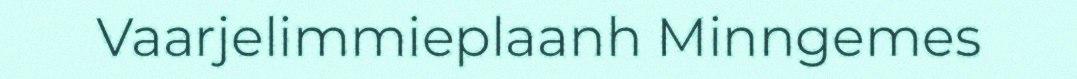
Vaarjelimmieplaanh Minngemes